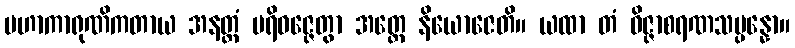
မဟာကာရုဏိကတာယ အနတ္ထံ ပရိဝဇ္ဇေတွာ အတ္ထေ နိယောဇေတိ။ ယထာ တံ ဝိဇ္ဇာစရဏသမ္ပန္နော။